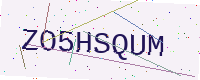
Text: ZO5HSQUM